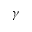
\gamma